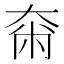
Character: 𡘴